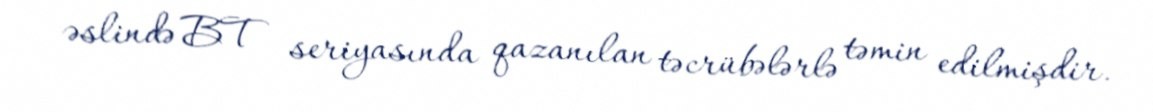
əslində BT seriyasında qazanılan təcrübələrlə təmin edilmişdir.